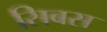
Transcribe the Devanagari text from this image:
सिबस